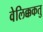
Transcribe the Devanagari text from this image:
वेलिक्ककतु